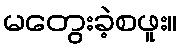
မတွေးခဲ့စဖူး။